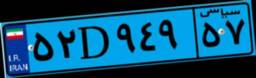
۲۶D۰۲۲۳۹